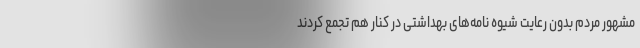
مشهور مردم بدون رعایت شیوه نامه‌های بهداشتی در کنار هم تجمع کردند